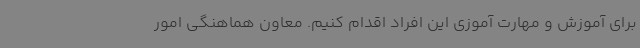
برای آموزش و مهارت آموزی این افراد اقدام کنیم. معاون هماهنگی امور